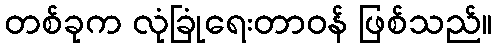
တစ်ခုက လုံခြုံရေးတာဝန် ဖြစ်သည်။